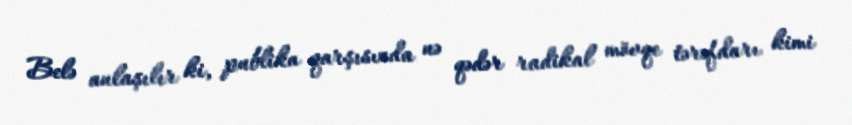
Belə anlaşılır ki, publika qarşısında nə qədər radikal mövqe tərəfdarı kimi